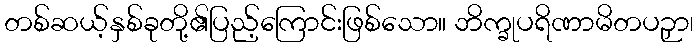
တစ်ဆယ့်နှစ်ခုတို့၏ပြည့်ကြောင်းဖြစ်သော။ ဘိက္ခုပရိဏာမိတပဉှာ၊